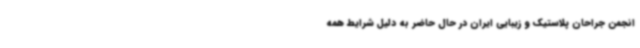
انجمن جراحان پلاستیک و زیبایی ایران در حال حاضر به دلیل شرایط همه